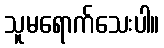
သူမရောက်သေးပါ။